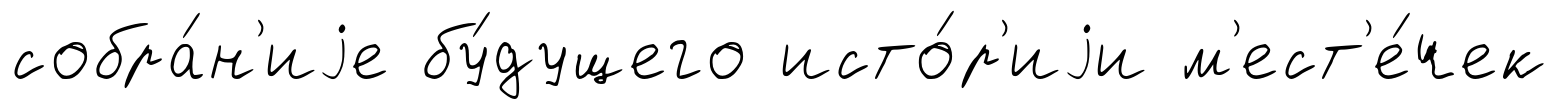
собра́н'иjе бу́дущего исто́р'иjи м'ест'е́чек